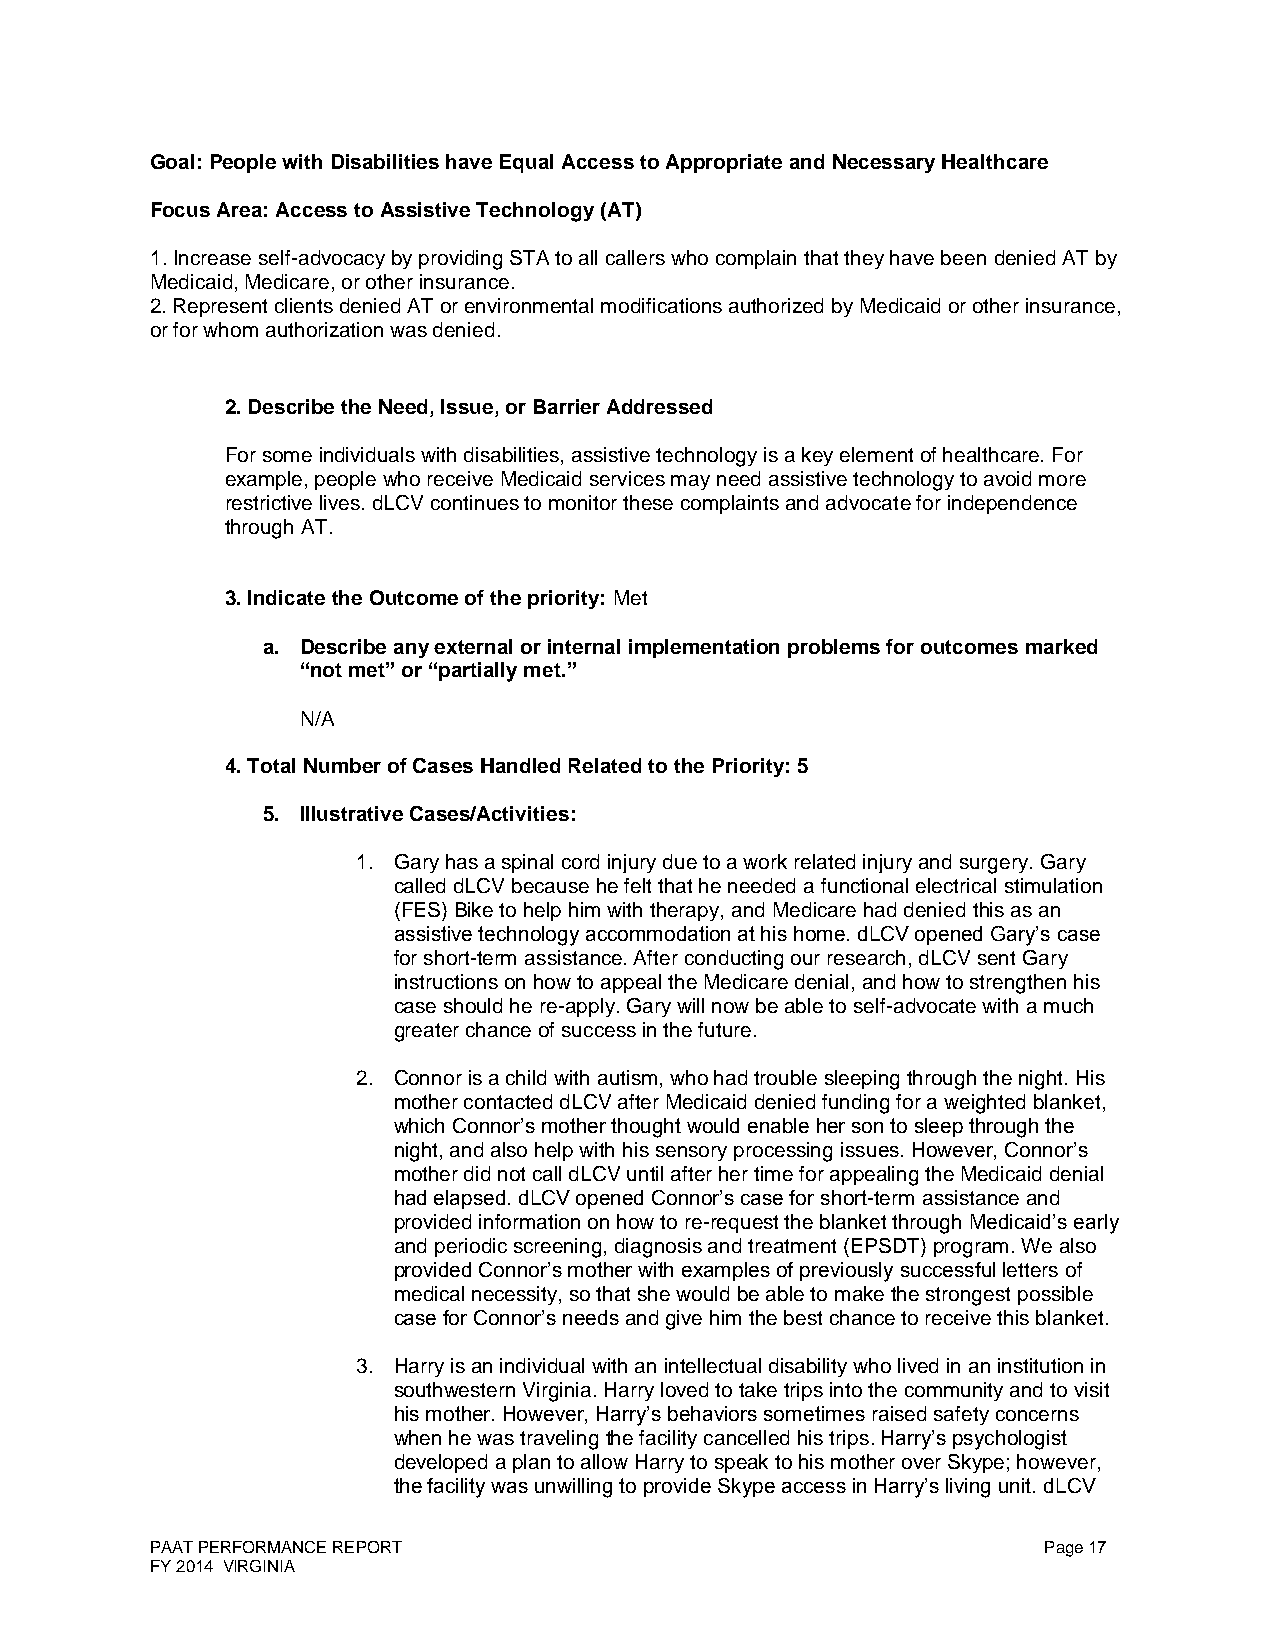
Goal: People with Disabilities have Equal Access to Appropriate and Necessary Healthcare
 Focus Area: Access to Assistive Technology (AT)
 1. Increase self-advocacy by providing STA to all callers who complain that they have been denied AT by
 Medicaid, Medicare, or other insurance.
 2. Represent clients denied AT or environmental modifications authorized by Medicaid or other insurance,
 or for whom authorization was denied.
 2. Describe the Need, Issue, or Barrier Addressed
 For some individuals with disabilities, assistive technology is a key element of healthcare. For
 example, people who receive Medicaid services may need assistive technology to avoid more
 restrictive lives. dLCV continues to monitor these complaints and advocate for independence
 through AT.
 3. Indicate the Outcome of the priority: Met
 a. Describe any external or internal implementation problems for outcomes marked
 “not met” or “partially met.”
 N/A
 4. Total Number of Cases Handled Related to the Priority: 5
 5. Illustrative Cases/Activities:
 1. Gary has a spinal cord injury due to a work related injury and surgery. Gary
 called dLCV because he felt that he needed a functional electrical stimulation
 (FES) Bike to help him with therapy, and Medicare had denied this as an
 assistive technology accommodation at his home. dLCV opened Gary’s case
 for short-term assistance. After conducting our research, dLCV sent Gary
 instructions on how to appeal the Medicare denial, and how to strengthen his
 case should he re-apply. Gary will now be able to self-advocate with a much
 greater chance of success in the future.
 2. Connor is a child with autism, who had trouble sleeping through the night. His
 mother contacted dLCV after Medicaid denied funding for a weighted blanket,
 which Connor’s mother thought would enable her son to sleep through the
 night, and also help with his sensory processing issues. However, Connor’s
 mother did not call dLCV until after her time for appealing the Medicaid denial
 had elapsed. dLCV opened Connor’s case for short-term assistance and
 provided information on how to re-request the blanket through Medicaid’s early
 and periodic screening, diagnosis and treatment (EPSDT) program. We also
 provided Connor’s mother with examples of previously successful letters of
 medical necessity, so that she would be able to make the strongest possible
 case for Connor’s needs and give him the best chance to receive this blanket.
 3. Harry is an individual with an intellectual disability who lived in an institution in
 southwestern Virginia. Harry loved to take trips into the community and to visit
 his mother. However, Harry’s behaviors sometimes raised safety concerns
 when he was traveling the facility cancelled his trips. Harry’s psychologist
 developed a plan to allow Harry to speak to his mother over Skype; however,
 the facility was unwilling to provide Skype access in Harry’s living unit. dLCV
 PAAT PERFORMANCE REPORT                                    Page 17
 FY 2014 VIRGINIA